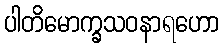
ပါတိမောက္ခသဝနာရဟော